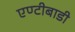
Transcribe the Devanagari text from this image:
एण्टीबाडी